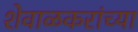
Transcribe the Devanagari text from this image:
शेवाळकरांच्या